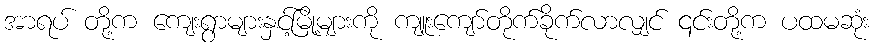
အာရပ် တို့က ကျေးရွာများနှင့်မြို့များကို ကျူးကျော်တိုက်ခိုက်လာလျှင် ၎င်းတို့က ပထမဆုံး